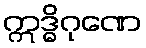
ဣဒ္ဓိဂုဏေ